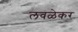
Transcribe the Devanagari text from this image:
लवळेकर